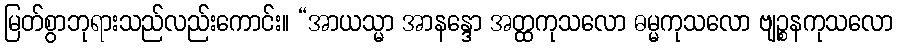
မြတ်စွာဘုရားသည်လည်းကောင်း။ “အာယသ္မာ အာနန္ဒော အတ္ထကုသလော ဓမ္မကုသလော ဗျဉ္စနကုသလော